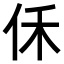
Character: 𪜰